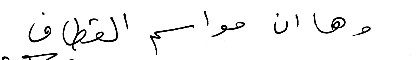
وها ان مواسم القطاف